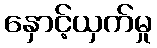
နှောင့်ယှက်မှု